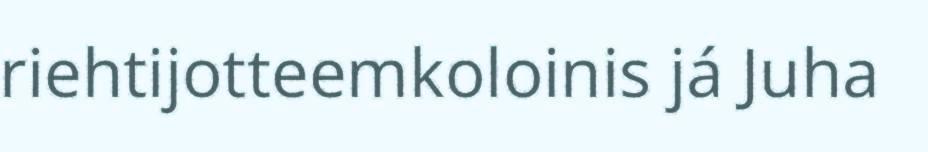
riehtijotteemkoloinis já Juha